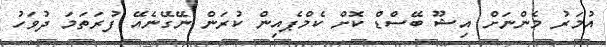
އުމަރު މެންނަށް އިޝޫ ބޭސްޑް ކޮށް ކެމްޕެއިން ކުރަން ނޭގޭނެއޭ ފުރަތަމަ ދުވަހު